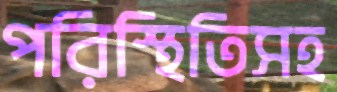
পরিস্থিতিসহ